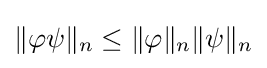
\|\varphi \psi \|_{n}\leq \|\varphi \|_{n}\|\psi \|_{n}